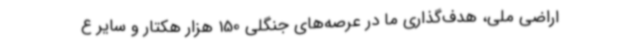
اراضی ملی، هدف‌گذاری ما در عرصه‌های جنگلی 150 هزار هکتار و سایر ع